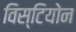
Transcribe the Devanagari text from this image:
विस्टियोन